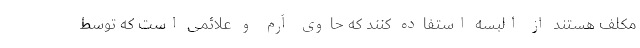
مکلف هستند از البسه استفاده کنند که حاوی آرم و علائمی است که توسط